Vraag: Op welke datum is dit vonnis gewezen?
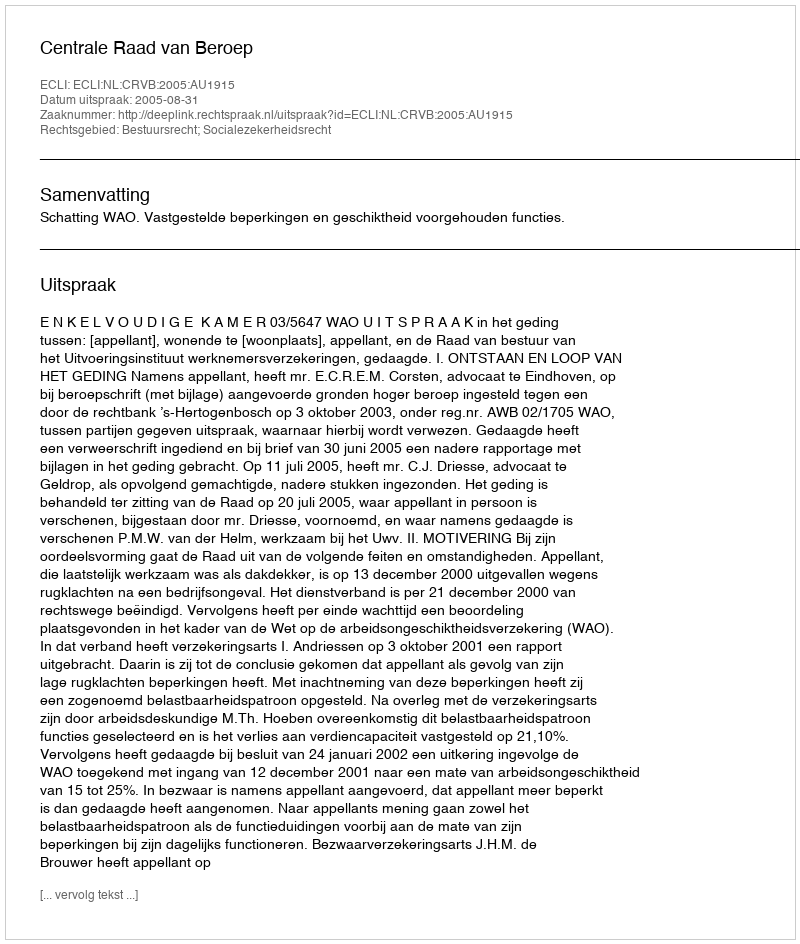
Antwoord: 2005-08-31